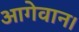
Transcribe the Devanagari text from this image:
आगेवान।